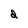
Character: d